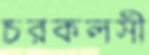
চরকলসী